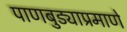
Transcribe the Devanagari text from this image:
पाणबुड्याप्रमाणे